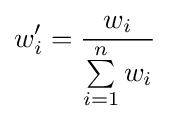
w_{i}'={\frac {w_{i}}{\sum \limits _{i=1}^{n}w_{i}}}